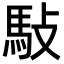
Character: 𬳩